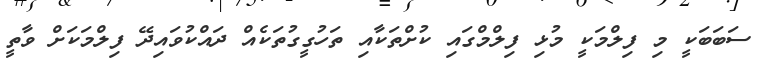
ސަބަބަކީ މި ފިލްމަކީ މުޅި ފިލްމްގައި ކުށްތަކާއި ތަހުގީގުތަކެއް ދައްކުވައިދޭ ފިލްމަކަށް ވާތީ